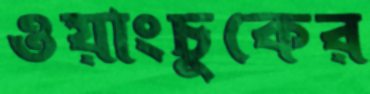
ওয়াংচুকের